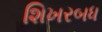
શિખરબધ